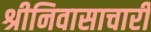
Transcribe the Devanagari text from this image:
श्रीनिवासाचारी